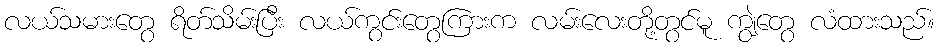
လယ်သမားတွေ ရိတ်သိမ်းပြီး လယ်ကွင်းတွေကြားက လမ်းလေးတို့တွင်မူ ကျွဲတွေ လံထားသည်။